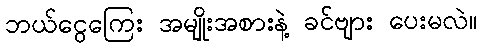
ဘယ်ငွေကြေး အမျိုးအစားနဲ့ ခင်ဗျား ပေးမလဲ။